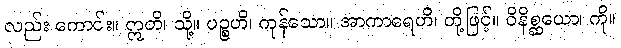
လည်း ကောင်း။ ဣတိ၊ သို့။ ပဉ္စဟိ၊ ကုန်သော။ အာကာရေဟိ၊ တို့ဖြင့်။ ဝိနိစ္ဆယော၊ ကို။